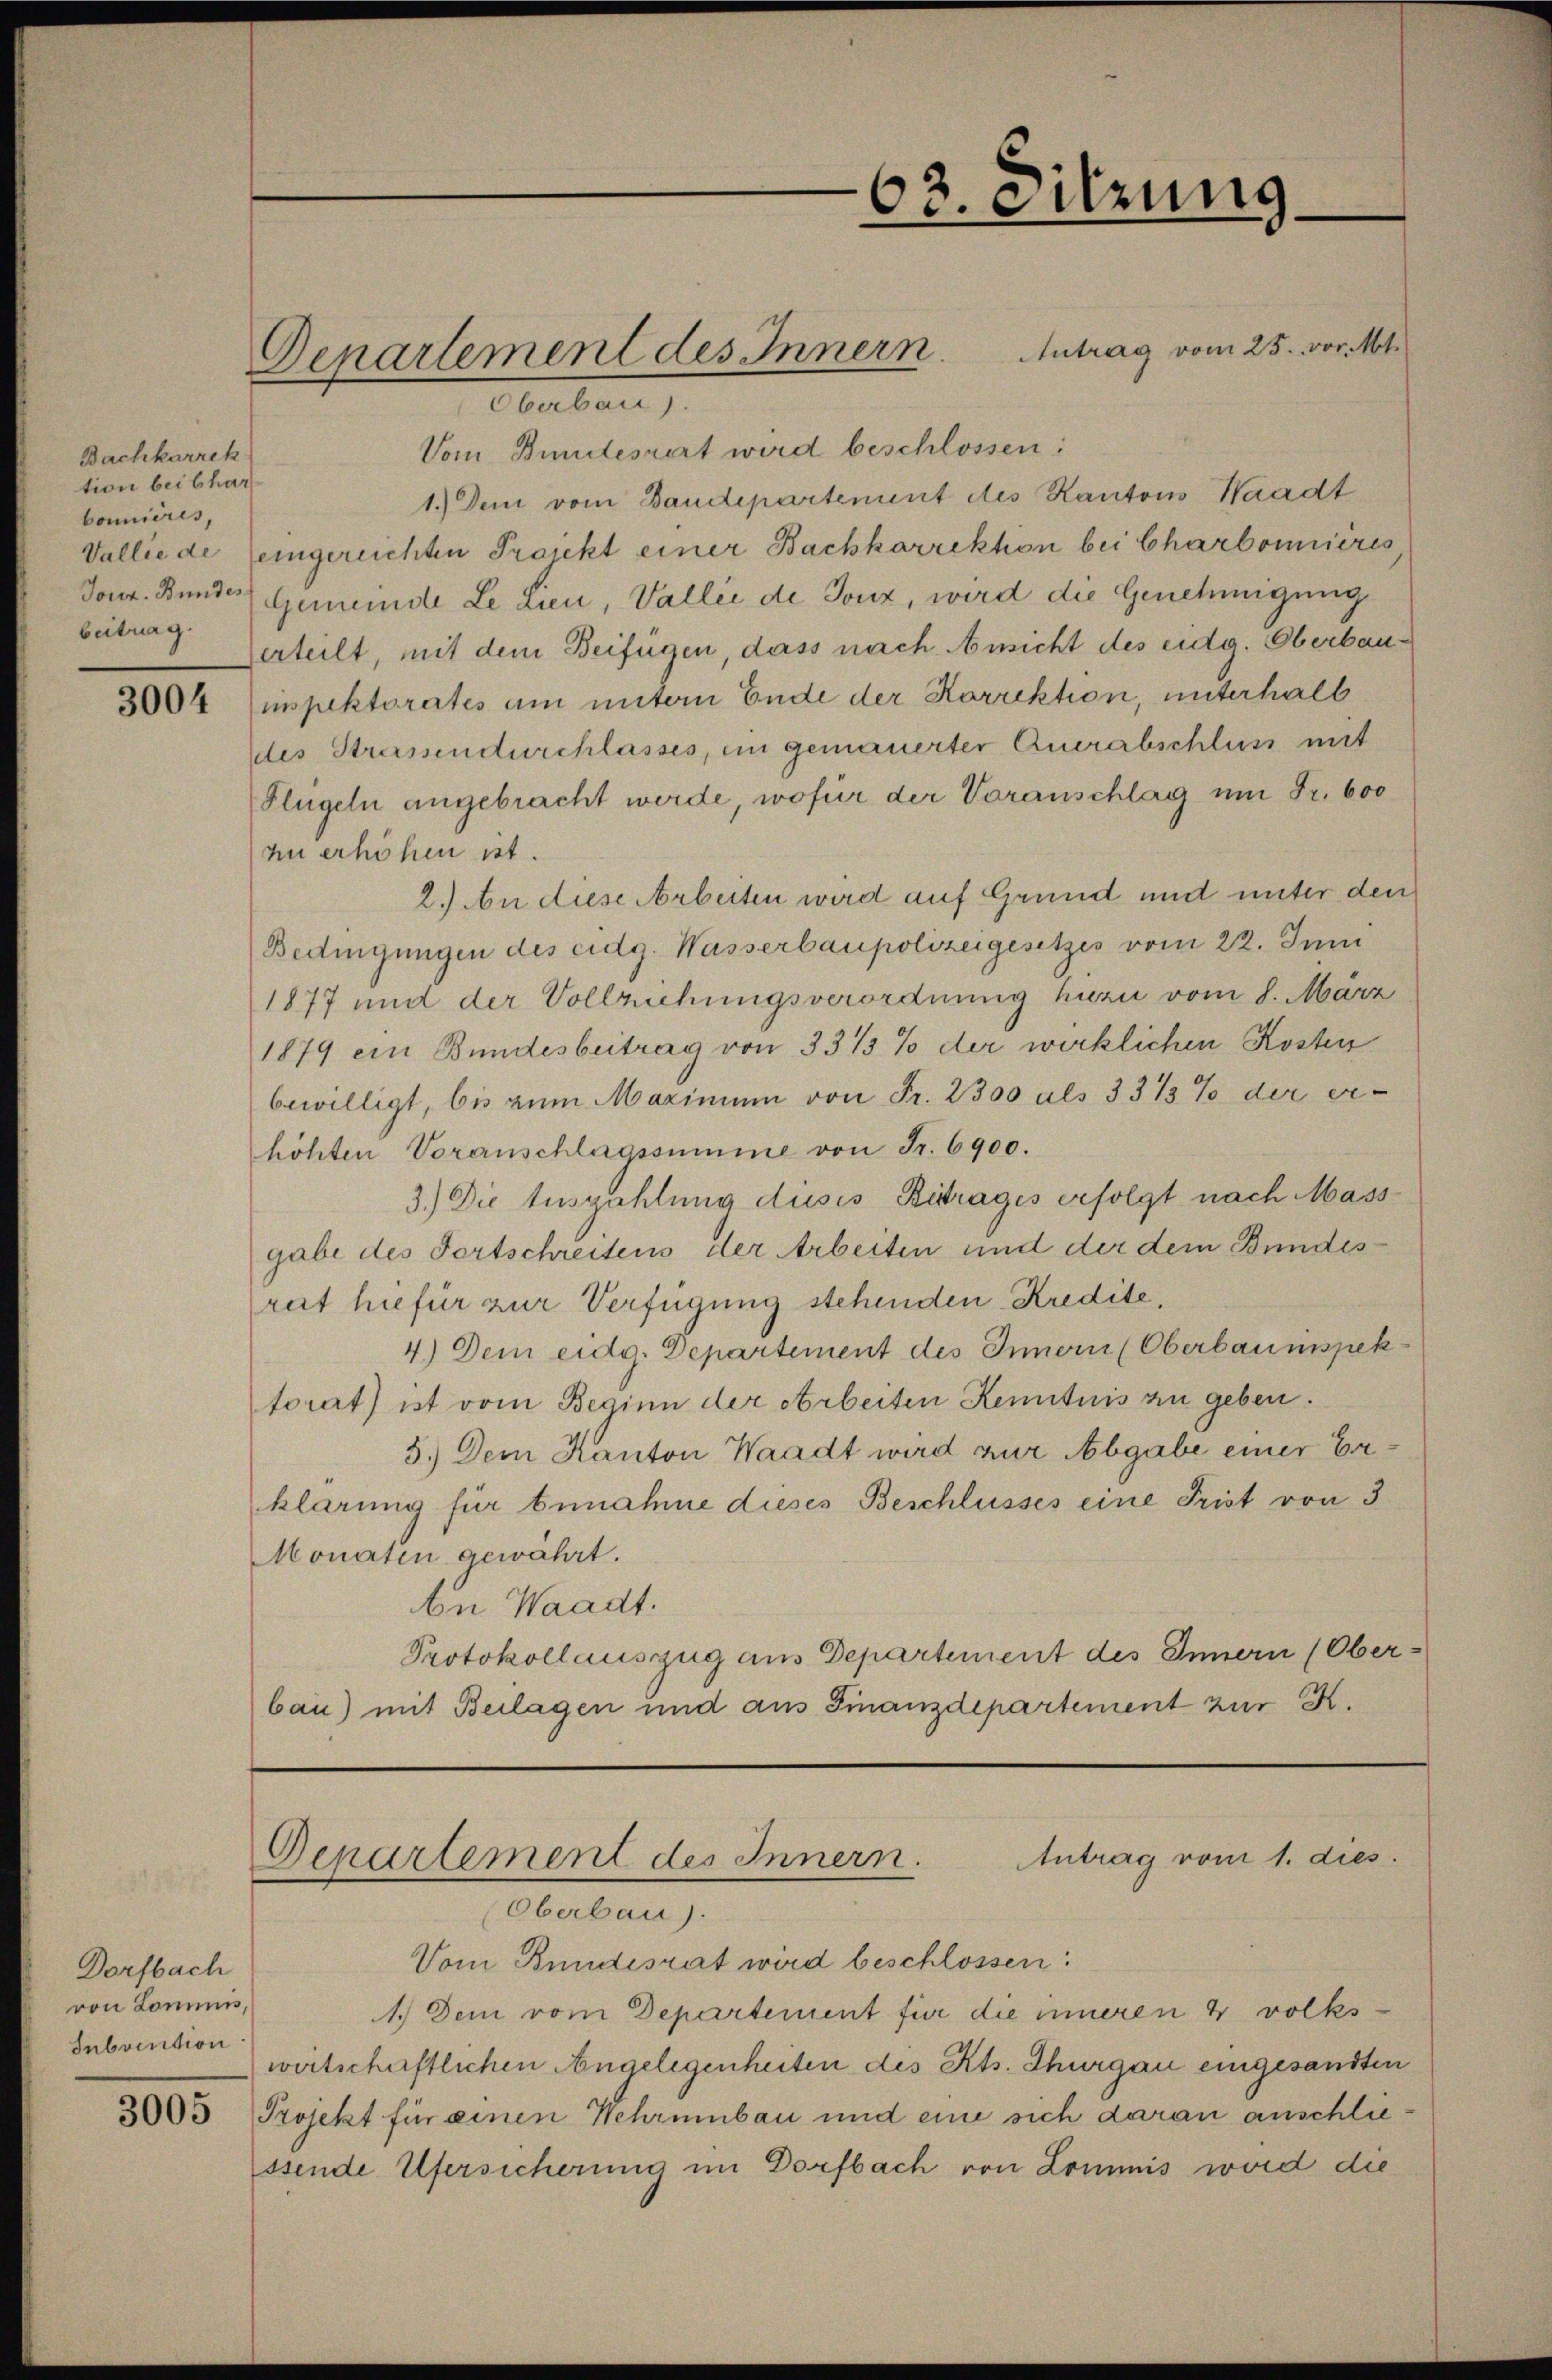
Bachkorrek
tion bei Char
bonnières,
beitrag.

3004

Dorfbach
von Kommis,
Subvention

Denartement des Innern. Antrag vom 25. vor. Mt.

63. Sitzung

Oberbau).
Vom Bundeszert wird beschlossen:
1.) Dem vom Baudepartement des Kantons Waadt
Vallie de (eingereichten Projekt einer Bachkorrektion bei Charbonières
Jour. Bunder Gemeinde Le dien, Vallei de Jonz, wird die Genehmigung
erteilt, mit dem Beifügen, dass nach Ansicht des eidg. Oberbauinspektorates um untern Ende der Korrektion, unterhalb
des Strassendurchlasses, in gemauerter Querabschluss mit
Flügeln angebracht werde, wofür der Voranschlag um Fr. 600
zu erhöhen ist.
2.) An diese Arbeiten wird auf Grund und unter den
Bedingungen des eidg. Wasserbaupolizeigesetzes vom 22. Juni
1877 und der Vollziehungsverordnung huzi vom 8. März
1879 ein Bundesbeitrag von 33/3% der wirklichen Kosten
bewilligt, bis zum Maximum von Fr. 2300 als 3313% der er-
höhten Voranschlagssumme von Fr. 6900.
3.) Die Auszahlung dieses Ritrages erfolgt nach Mass-
gabe des Fortschreitens der Arbeiten und der dem Bundesreit hiefür zur Verfügung stehenden Kredite,
4.) Dem eidg. Departement des Innern (Oberbaumspektorat) ist vom Beginn der Arbeiten Kenntnis zu geben.
5.) Dem Kanton Waadt wird zur Abgabe einer Erklärung für benahme dieses Beschlusses eine Frist von 3
Monaten gewährt.
be Waadt.
Protokollauszug aus Departement des Innern (Ober-
bau) mit Beilagen und aus Finanzdepartement zur K.

Antrag vom 1. dies
Departement des Innern.

Oberbau).
Vom Bundesrat wird beschlossen:
1.) Dem vom Departement für die inneren 4 volks-
wirtschaftlichen Angelegenheiten des Kts. Thurgau eingesandten
3003 Projekt für einen Wehrunbau und eine sich daran anschliessende Ufersicherung im Dorfbach von Lommis wird die